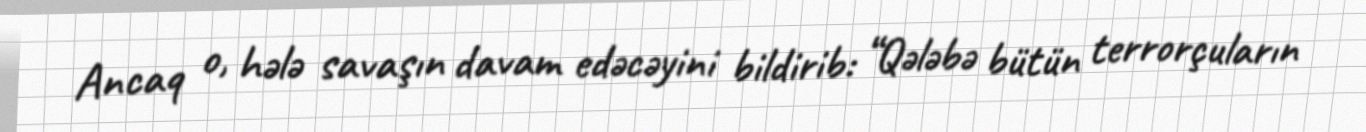
Ancaq o, hələ savaşın davam edəcəyini bildirib: “Qələbə bütün terrorçuların